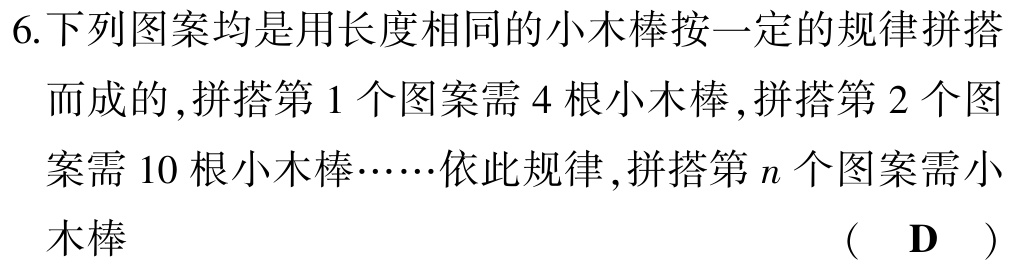
6.下列图案均是用长度相同的小木棒按一定的规律拼搭而成的,拼搭第1个图案需4根小木棒,拼搭第2个图案需10根小木棒……依此规律,拼搭第\(n\)个图案需小木棒 （ \(\text{D}\) ）